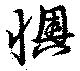
懊